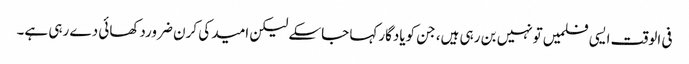
فی الوقت ایسی فلمیں تونہیں بن رہی ہیں، جن کویادگارکہا جاسکے لیکن امید کی کرن ضروردکھائی دے رہی ہے۔